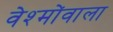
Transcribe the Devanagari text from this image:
वेश्मोंवाला